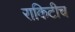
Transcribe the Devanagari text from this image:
राकिटीच